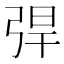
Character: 𢏥